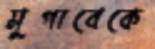
মুগাবেকে